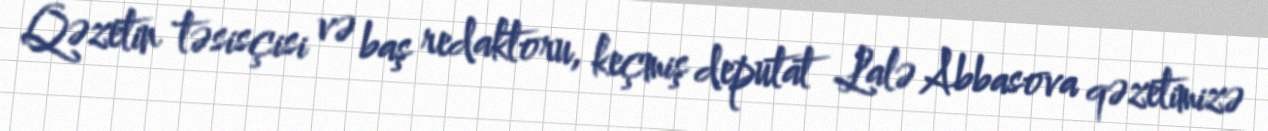
Qəzetin təsisçisi və baş redaktoru, keçmiş deputat Lalə Abbasova qəzetimizə